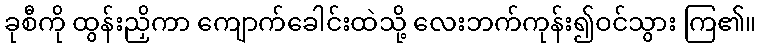
ခုစီကို ထွန်းညှိကာ ကျောက်ခေါင်းထဲသို့ လေးဘက်ကုန်း၍ဝင်သွား ကြ၏။